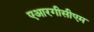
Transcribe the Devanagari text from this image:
एआरगीसीएम